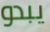
يبدو